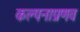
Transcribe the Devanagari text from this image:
कल्पनाप्रणव